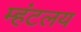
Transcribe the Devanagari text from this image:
म्हंटलय